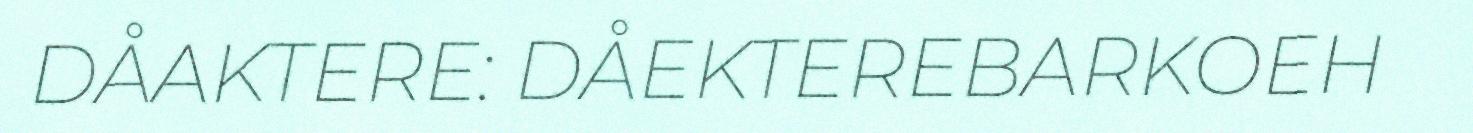
DÅAKTERE: DÅEKTEREBARKOEH